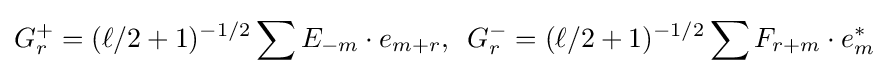
G_{r}^{+}=(\ell /2+1)^{-1/2}\sum E_{-m}\cdot e_{m+r},\,\,\,G_{r}^{-}=(\ell /2+1)^{-1/2}\sum F_{r+m}\cdot e_{m}^{*}